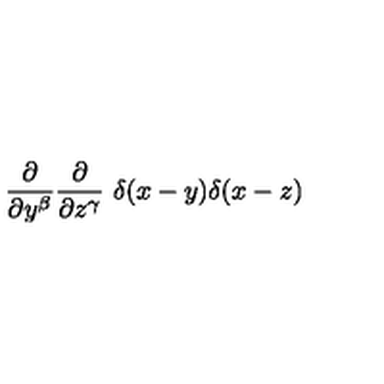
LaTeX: { \frac { \partial } { \partial y ^ { \beta } } } { \frac { \partial } { \partial z ^ { \gamma } } } \ \delta ( x - y ) \delta ( x - z )